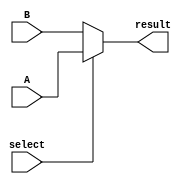
`timescale 1ns / 1ps


module Mulx #(parameter width=32)(A,B,select,result);
input [width-1:0]A,B;
input select;
output[width-1:0]result;
assign result= select ?A:B;
endmodule